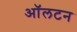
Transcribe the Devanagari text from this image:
ऑलटन